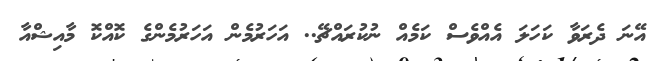
އޭނަ ދެރަވާ ކަހަލަ އެއްވެސް ކަމެއް ނުކުރައްޗޭ.. އަހަރުމެން އަހަރުމެންގެ ކޮއްކޮ މާއިޝްއާ